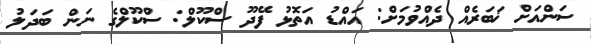
ސަންއަށް ޚަބަރެއް ދެއްވުމަށް: އައްޑު އަތޮޅު ފޭދޫ ސްކޫލް: ސްކޫލްގެ ނަން ބަދަލު